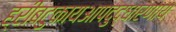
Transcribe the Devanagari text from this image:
ह्रींबटुकायआपदुद्धारणाय